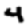
Digit: 4